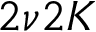
2 \nu 2 K